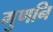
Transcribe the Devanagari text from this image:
गुणनि